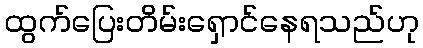
ထွက်ပြေးတိမ်းရှောင်နေရသည်ဟု